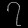
Digit: ၇